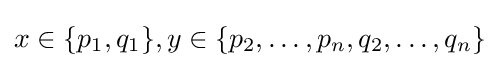
{\textstyle x\in \{p_{1},q_{1}\},y\in \{p_{2},\dots ,p_{n},q_{2},\dots ,q_{n}\}}